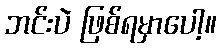
ဘင်းပဲ ဖြစ်ရမှာပေါ့။